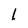
Character: 1